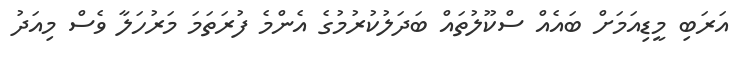
އަރަބި މީޑިއަމަށް ބައެއް ސްކޫލުތައް ބަދަލުކުރުމުގެ އެންމެ ފުރަތަމަ މަރުހަލާ ވެސް މިއަދު